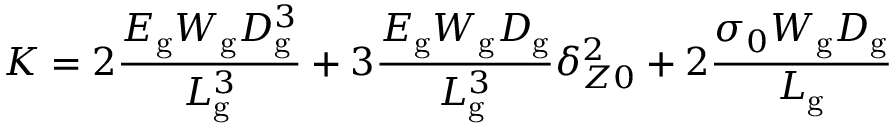
K = 2 \frac { { E _ { \mathrm { g } } W _ { \mathrm { g } } D _ { \mathrm { g } } ^ { 3 } } } { { L _ { \mathrm { g } } ^ { 3 } } } + 3 \frac { { E _ { \mathrm { g } } W _ { \mathrm { g } } D _ { \mathrm { g } } } } { { L _ { \mathrm { g } } ^ { 3 } } } \delta _ { Z 0 } ^ { 2 } + 2 \frac { { { \sigma _ { 0 } } W _ { \mathrm { g } } D _ { \mathrm { g } } } } { { L _ { \mathrm { g } } } }